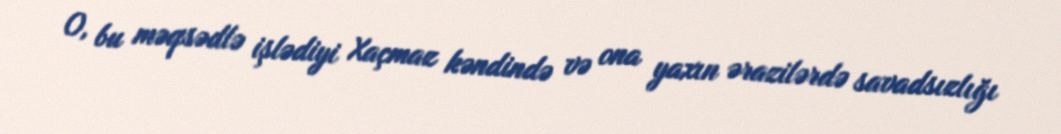
O, bu məqsədlə işlədiyi Xaçmaz kəndində və ona yaxın ərazilərdə savadsızlığı